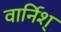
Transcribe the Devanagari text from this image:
वार्निश्